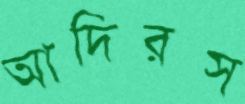
আদিরস